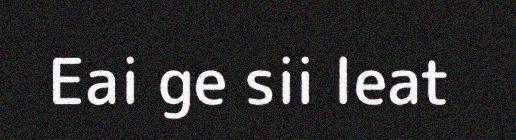
Eai ge sii leat